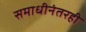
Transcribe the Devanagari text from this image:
समाधीनंतरही